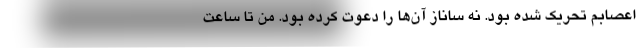
اعصابم تحریک شده بود. نه ساناز آن‌ها را دعوت کرده بود. من تا ساعت